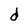
Character: d